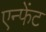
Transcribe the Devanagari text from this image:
एन्फेंट